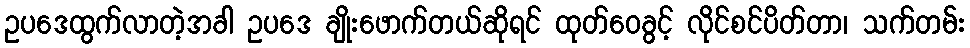
ဥပဒေထွက်လာတဲ့အခါ ဥပဒေ ချိုးဖောက်တယ်ဆိုရင် ထုတ်ဝေခွင့် လိုင်စင်ပိတ်တာ၊ သက်တမ်း